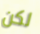
لكن